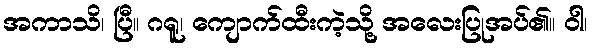
အကာသိ၊ ပြီ။ ဂရူ၊ ကျောက်ထီးကဲ့သို့ အလေးပြုအပ်၏။ ဝါ၊